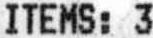
ITEMS: 3